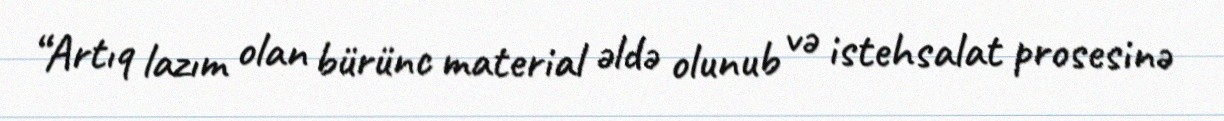
“Artıq lazım olan bürünc material əldə olunub və istehsalat prosesinə